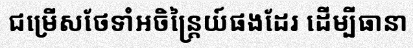
ជម្រើសថែទាំអចិន្ត្រៃយ៍ផងដែរ ដើម្បីធានា